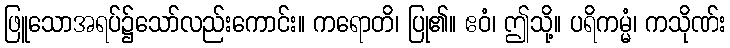
ဖြူသောအရပ်၌သော်လည်းကောင်း။ ကရောတိ၊ ပြု၏။ ဧဝံ၊ ဤသို့။ ပရိကမ္မံ၊ ကသိုဏ်း